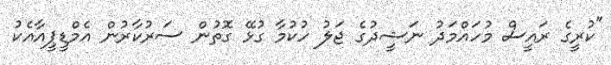
"ކުރީގެ ރައީސް މުހައްމަދު ނަޝީދުގެ ޖަލު ހުކުމާ ގުޅޭ ގޮތުން ސަރުކާރުން އެމްޑީޕީއާއެކު